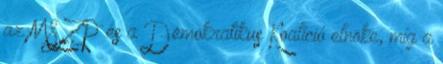
az MSZP és a Demokratikus Koalíció elnöke, míg a